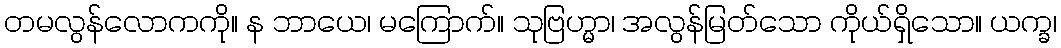
တမလွန်လောကကို။ န ဘာယေ၊ မကြောက်။ သုဗြဟ္မာ၊ အလွန်မြတ်သော ကိုယ်ရှိသော။ ယက္ခ၊